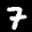
Label: 7